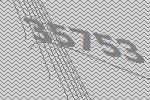
35753